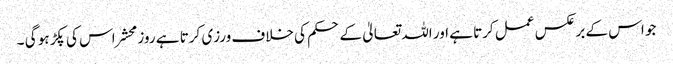
جو اس کے بر عکس عمل کرتا ہے اور اللہ تعالیٰ کے حکم کی خلاف ورزی کرتا ہے روز محشر اس کی پکڑ ہو گی ۔